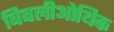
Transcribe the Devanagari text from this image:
बिबलीओथिक